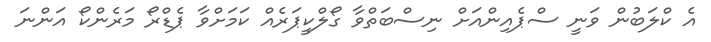
އެ ކްލަބުން ވަނީ ސްޕެއިންއަށް ނިސްބަތްވާ ގޯލްކީޕަރެއް ކަމަށްވާ ޕެޑްރޯ މަރެންކޯ އަންނަ